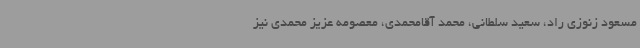
مسعود زنوزی راد، سعید سلطانی، محمد آقامحمدی، معصومه عزیز محمدی نیز